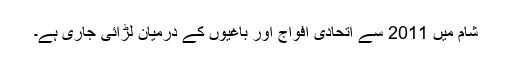
شام میں 2011 سے اتحادی افواج اور باغیوں کے درمیان لڑائی جاری ہے۔